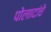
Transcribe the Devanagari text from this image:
पोलादांचे